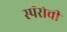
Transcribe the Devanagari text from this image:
स्पॅरोची